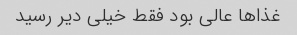
غذاها عالی بود فقط خیلی دیر رسید